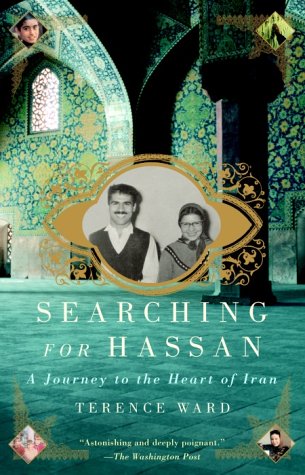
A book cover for Searching for Hassan: A Journey to the Heart of Iran; Terence Ward; Biographies & Memoirs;